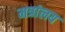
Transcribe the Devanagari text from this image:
मत्रांलय